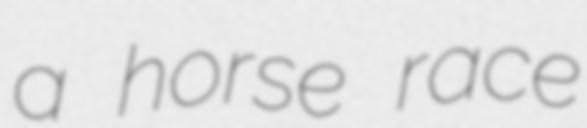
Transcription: a horse race